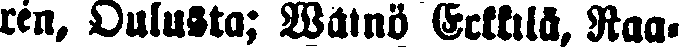
ren, Oulusta; Wainö Erkkilä, Raa-